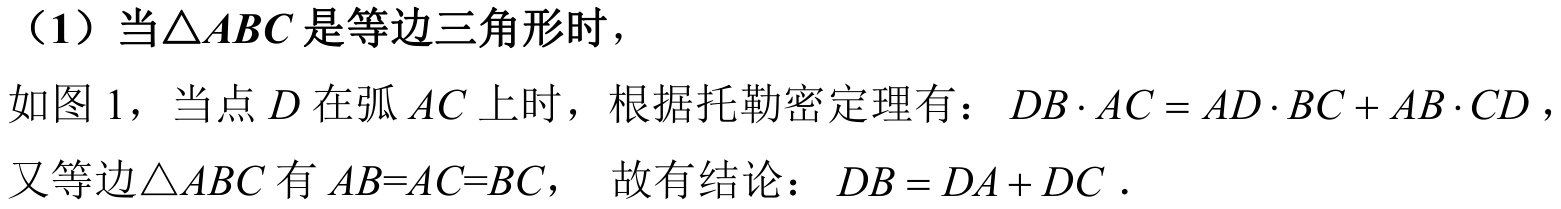
（1）当\(\triangle ABC\) 是等边三角形时，
如图 \(1\)，当点 \(D\) 在弧 \(AC\) 上时，根据托勒密定理有：\(DB\cdot AC = AD\cdot BC + AB\cdot CD\)，
又等边\(\triangle ABC\) 有 \(AB = AC = BC\)， 故有结论：\(DB = DA + DC\) .